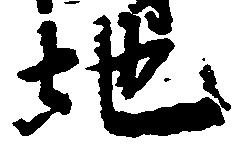
地